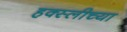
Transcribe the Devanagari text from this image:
हक्स्लीच्या